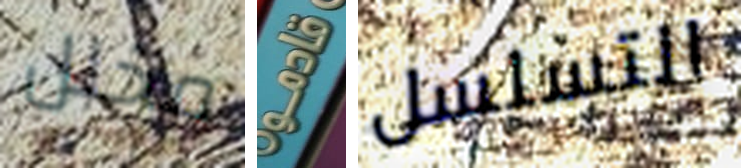
مخلل قادمو التسلسل